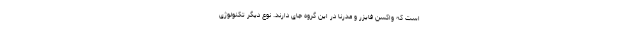
است که واکسن فایزر و مدرنا در این گروه جای دارند. نوع دیگر تکنولوژی